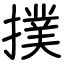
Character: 撲